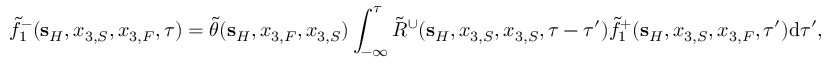
\tilde { f } _ { 1 } ^ { - } ( { \bf s } _ { H } , x _ { 3 , S } , x _ { 3 , F } , \tau ) = \tilde { \theta } ( { \bf s } _ { H } , x _ { 3 , F } , x _ { 3 , S } ) \int _ { - \infty } ^ { \tau } \tilde { R } ^ { \cup } ( { \bf s } _ { H } , x _ { 3 , S } , x _ { 3 , S } , \tau - \tau ^ { \prime } ) \tilde { f } _ { 1 } ^ { + } ( { \bf s } _ { H } , x _ { 3 , S } , x _ { 3 , F } , \tau ^ { \prime } ) \mathrm { d } \tau ^ { \prime } ,